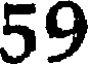
59